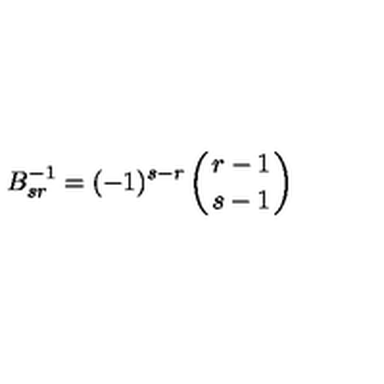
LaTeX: B _ { s r } ^ { - 1 } = ( - 1 ) ^ { s - r } \left( r - 1 \atop { s - 1 } \right)